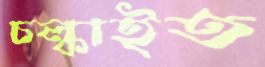
চল্‌কাইত